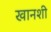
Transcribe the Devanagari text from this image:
खानशी